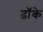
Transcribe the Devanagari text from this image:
ढॉके